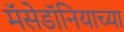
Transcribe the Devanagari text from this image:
मॅसेडॉनियाच्या